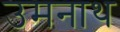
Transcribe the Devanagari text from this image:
उमनाथ